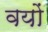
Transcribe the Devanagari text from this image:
वयों